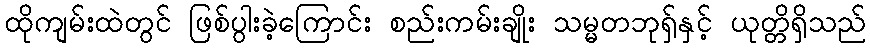
ထိုကျမ်းထဲတွင် ဖြစ်ပွါးခဲ့ကြောင်း စည်းကမ်းချိုး သမ္မတဘုရှ်နှင့် ယုတ္တိရှိသည်